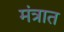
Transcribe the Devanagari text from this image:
मंत्रात